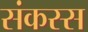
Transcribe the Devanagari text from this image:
संकस्स